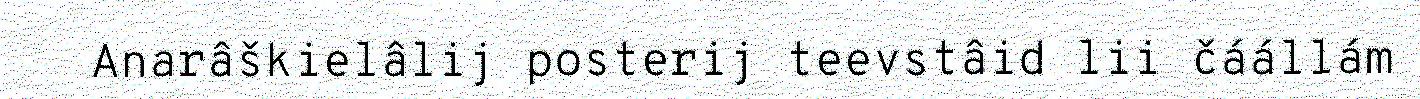
Anarâškielâlij posterij teevstâid lii čáállám